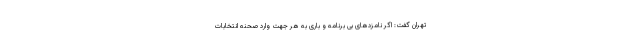
تهران گفت: اگر نامزدهای بی برنامه و باری به هر جهت وارد صحنه انتخابات